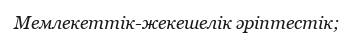
Мемлекеттік-жекешелік әріптестік;